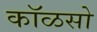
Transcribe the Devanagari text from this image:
कॉळसो